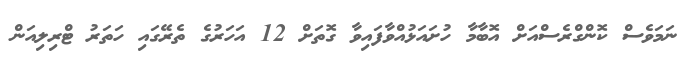
ނަމަވެސް ކޮންގްރެސްއަށް އޮބާމާ ހުށައަޅުއްވާފައިވާ ގޮތަށް 12 އަހަރުގެ ތެރޭގައި ހަތަރު ޓްރިލިއަން